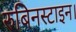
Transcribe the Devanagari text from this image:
रुबिनस्टाइन।